Annual report on the mental hospital in the Central Provinces and Berar (Nagpur) - 1927-1951
Year: 1927
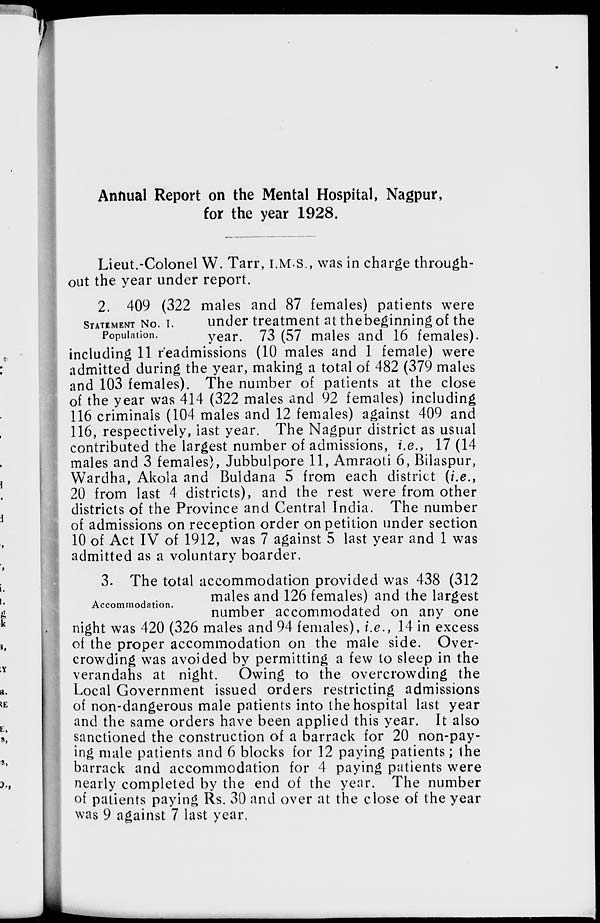
Annual Report on the Mental Hospital, Nagpur,
for the year 1928.
Lieut.-Colonel W. Tarr, I.M.S., was in charge through-
out the year under report.
STATEMENT NO. I.
Population.
2. 409 (322 males and 87 females) patients were
under treatment at the beginning of the
year. 73 (57 males and 16 females).
including 11 readmissions (10 males and 1 female) were
admitted during the year, making a total of 482 (379 males
and 103 females). The number of patients at the close
of the year was 414 (322 males and 92 females) including
116 criminals (104 males and 12 females) against 409 and
116, respectively, last year. The Nagpur district as usual
contributed the largest number of admissions, i.e., 17 (14
males and 3 females), Jubbulpore 11, Amraoti 6, Bilaspur,
Wardha, Akola and Buldana 5 from each district (i.e.,
20 from last 4 districts), and the rest were from other
districts of the Province and Central India. The number
of admissions on reception order on petition under section
10 of Act IV of 1912, was 7 against 5 last year and 1 was
admitted as a voluntary boarder.
Accommodation.
3. The total accommodation provided was 438 (312
males and 126 females) and the largest
number accommodated on any one
night was 420 (326 males and 94 females), i.e., 14 in excess
of the proper accommodation on the male side. Over-
crowding was avoided by permitting a few to sleep in the
verandahs at night. Owing to the overcrowding the
Local Government issued orders restricting admissions
of non-dangerous male patients into the hospital last year
and the same orders have been applied this year. It also
sanctioned the construction of a barrack for 20 non-pay-
ing male patients and 6 blocks for 12 paying patients; the
barrack and accommodation for 4 paying patients were
nearly completed by the end of the year. The number
of patients paying Rs. 30 and over at the close of the year
was 9 against 7 last year,